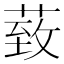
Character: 𦳙